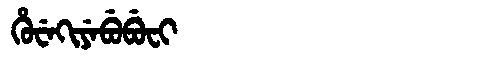
Manchu: ᡥᡠᠸᡝᡴᡳᠶᡝᠪᡠᠪᡠᠸᡳ
Romanization: HUWEKIYEBUBUFI